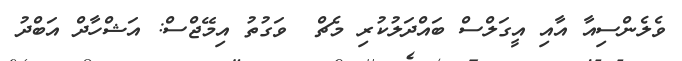
ވެލެންސިއާ އާއި އީގަލްސް ބައްދަލުކުރި މެޗް  ވަގުތު އިމޭޖްސް: އަޝްހާދް އަބްދު